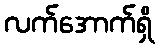
လက်အောက်ရှိ